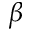
\beta